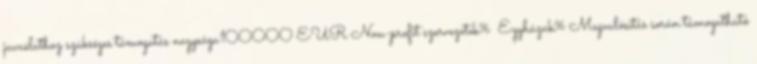
javaslathoz szükséges támogatás nagysága100000 EUR▪Non-profit szervezetek% ▪Egyházak%▪Megvalósítás során támogatható